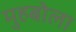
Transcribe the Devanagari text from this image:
मुहबोला